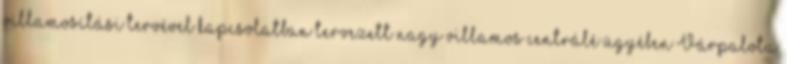
villamosítási tervével kapcsolatban tervezett nagy villamos centrálé ügyében Várpalota